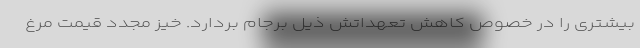
بیشتری را در خصوص کاهش تعهداتش ذیل برجام بردارد. خیز مجدد قیمت مرغ